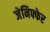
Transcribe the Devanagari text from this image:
जेनिफ्फेर